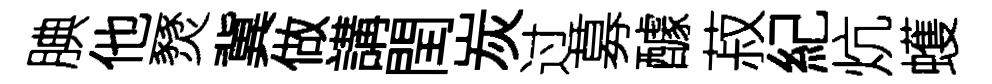
腆他燹冀做講閏炭过募醵菽紀炕蠖